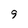
Character: 9